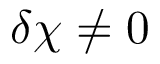
\delta \chi \neq 0